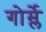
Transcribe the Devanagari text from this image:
गोर्म्ले